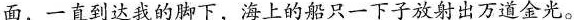
面，一直到达我的脚下，海上的船只一下子放射出万道金光。